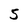
Character: 5